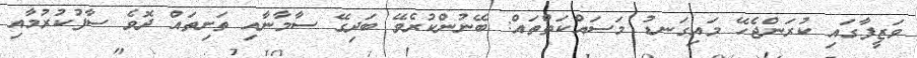
ވަޒީފާގައި ކުރަންޖެހޭ މައިގަނޑު މަސައްކަތްތައް: ބޭނުންކުރެވޭ ބަދިގޭ ސާމާނާއި ތަށިތައް ދޮވެ ސާފުކުރުމާއި